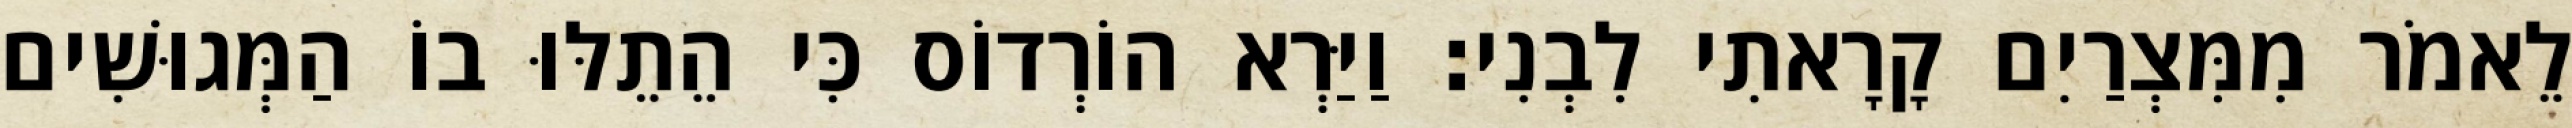
לֵאמֹר מִמִּצְרַיִם קָרָאתִי לִבְנִי׃ וַיַּרְא הוֹרְדוֹס כִּי הֵתֵלּוּ בוֹ הַמְּגוּשִׁים